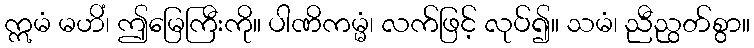
ဣမံ မဟိံ၊ ဤမြေကြီးကို။ ပါဏိကမ္မံ၊ လက်ဖြင့် လုပ်၍။ သမံ၊ ညီညွတ်စွာ။